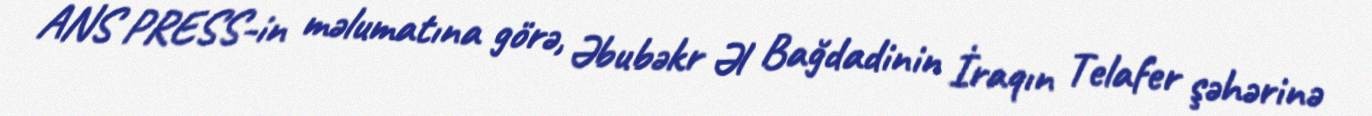
ANS PRESS-in məlumatına görə, Əbubəkr Əl Bağdadinin İraqın Telafer şəhərinə